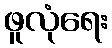
ဖူလုံရေး